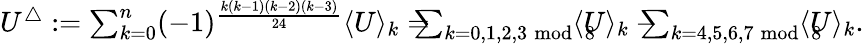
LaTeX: \begin{array}{r}{U^{\bigtriangleup}:=\sum_{k=0}^{n}(-1)^{\frac{k(k-1)(k-2)(k-3)}{24}}\langle U\rangle_{k}=\! \! \! \! \! \sum_{k=0,1,2,3\! \! \mod 8}\! \! \! \! \! \langle U\rangle_{k}-\! \! \! \! \! \sum_{k=4,5,6,7\! \! \mod 8}\! \! \! \! \! \langle U\rangle_{k}.}\end{array}